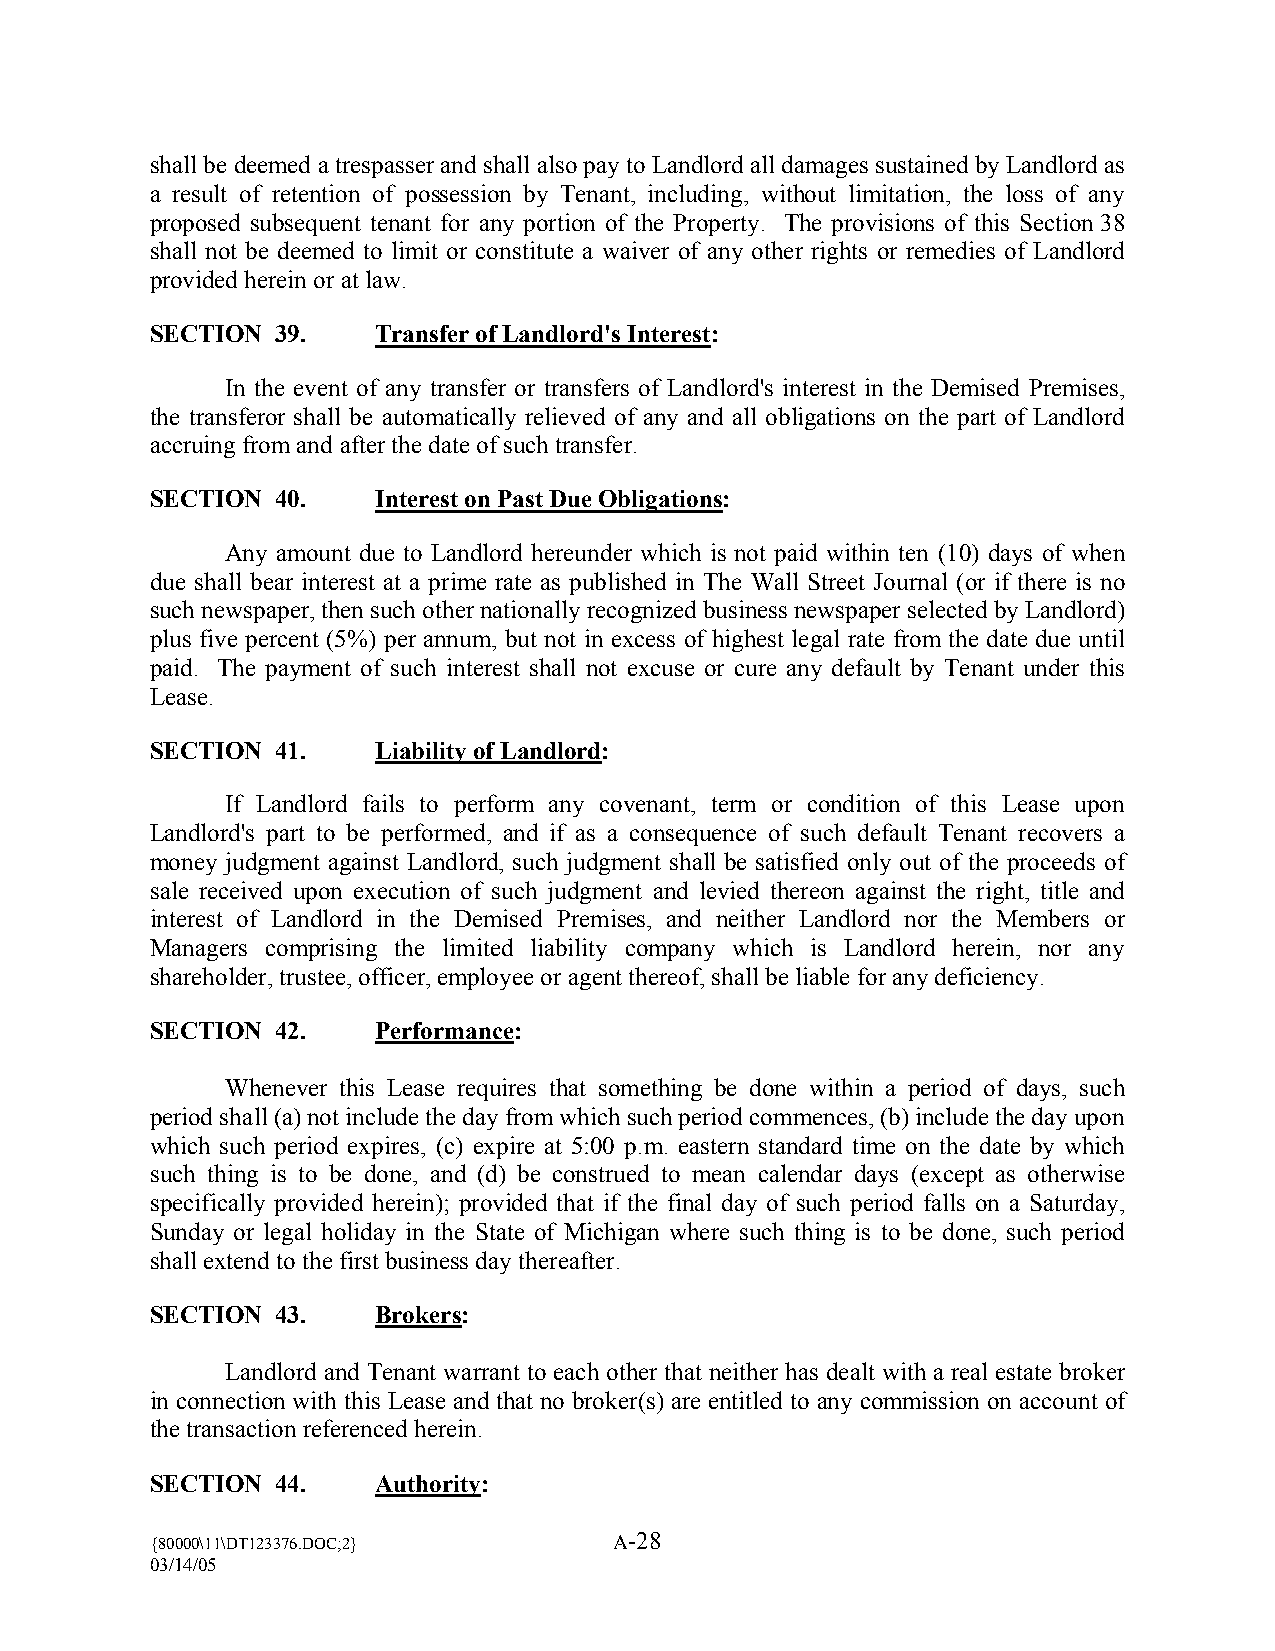
shall be deemed a trespasser and shall also pay to Landlord all damages sustained by Landlord as
 a result of retention of possession by Tenant, including, without limitation, the loss of any
 proposed subsequent tenant for any portion of the Property. The provisions of this Section 38
 shall not be deemed to limit or constitute a waiver of any other rights or remedies of Landlord
 provided herein or at law.
 SECTION 39.    Transfer of Landlord’s Interest:
 In the event of any transfer or transfers of Landlord’s interest in the Demised Premises,
 the transferor shall be automatically relieved of any and all obligations on the part of Landlord
 accruing from and after the date of such transfer.
 SECTION 40.    Interest on Past Due Obligations:
 Any amount due to Landlord hereunder which is not paid within ten (10) days of when
 due shall bear interest at a prime rate as published in The Wall Street Journal (or if there is no
 such newspaper, then such other nationally recognized business newspaper selected by Landlord)
 plus five percent (5%) per annum, but not in excess of highest legal rate from the date due until
 paid. The payment of such interest shall not excuse or cure any default by Tenant under this
 Lease.
 SECTION 41.    Liability of Landlord:
 If Landlord fails to perform any covenant, term or condition of this Lease upon
 Landlord’s part to be performed, and if as a consequence of such default Tenant recovers a
 money judgment against Landlord, such judgment shall be satisfied only out of the proceeds of
 sale received upon execution of such judgment and levied thereon against the right, title and
 interest of Landlord in the Demised Premises, and neither Landlord nor the Members or
 Managers comprising the limited liability company which is Landlord herein, nor any
 shareholder, trustee, officer, employee or agent thereof, shall be liable for any deficiency.
 SECTION 42.    Performance:
 Whenever this Lease requires that something be done within a period of days, such
 period shall (a) not include the day from which such period commences, (b) include the day upon
 which such period expires, (c) expire at 5:00 p.m. eastern standard time on the date by which
 such thing is to be done, and (d) be construed to mean calendar days (except as otherwise
 specifically provided herein); provided that if the final day of such period falls on a Saturday,
 Sunday or legal holiday in the State of Michigan where such thing is to be done, such period
 shall extend to the first business day thereafter.
 SECTION 43.    Brokers:
 Landlord and Tenant warrant to each other that neither has dealt with a real estate broker
 in connection with this Lease and that no broker(s) are entitled to any commission on account of
 the transaction referenced herein.
 SECTION 44.    Authority:
 {80000\11\DT123376.DOC;2}
 A-28
 03/14/05